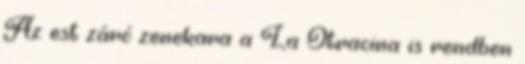
Az est záró zenekara a La Otracina is rendben